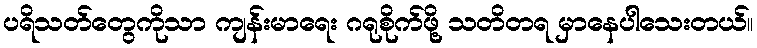
ပရိသတ်တွေကိုသာ ကျန်းမာရေး ဂရုစိုက်ဖို့ သတိတရ မှာနေပါသေးတယ်။